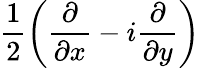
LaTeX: \frac{1}{2}\left(\frac{\partial}{\partial x}-i\frac{\partial}{\partial y}\right)